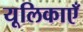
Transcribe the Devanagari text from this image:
यूलिकाएँ